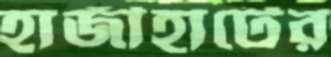
হাজীহাটের